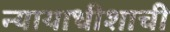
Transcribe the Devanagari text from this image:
न्यायाधीशाची